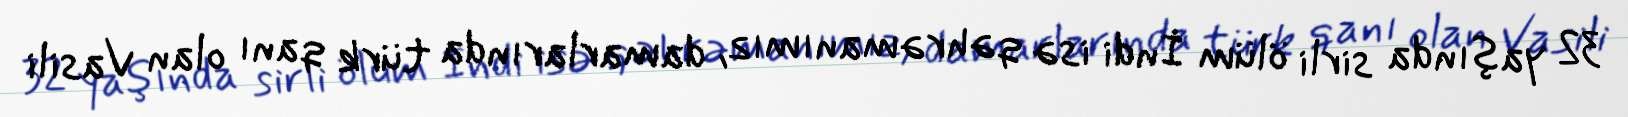
32 yaşında sirli ölüm İndi isə qəhrəmanımız, damarlarında türk qanı olan Vasili